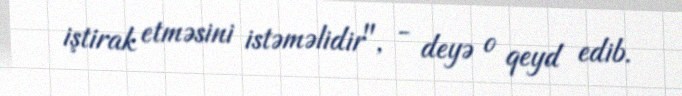
iştirak etməsini istəməlidir", - deyə o qeyd edib.